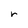
Character: r